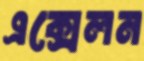
এক্সেলন